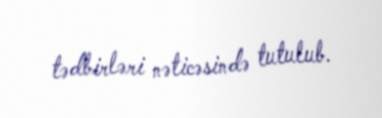
tədbirləri nəticəsində tutulub.